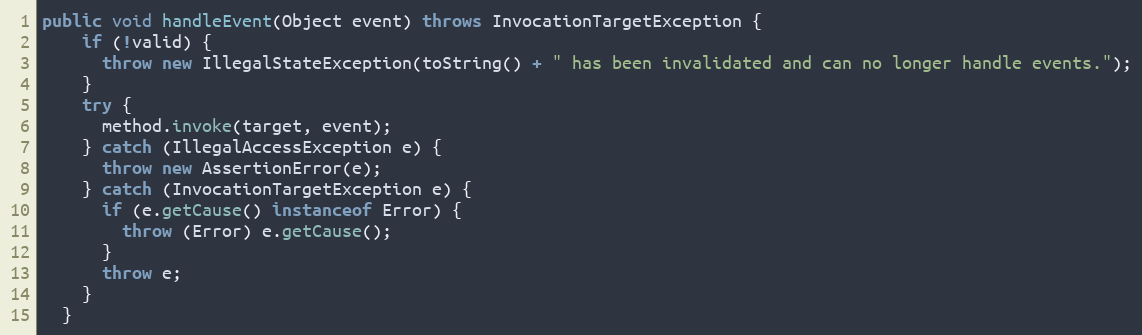
Language: Java
public void handleEvent(Object event) throws InvocationTargetException {
    if (!valid) {
      throw new IllegalStateException(toString() + " has been invalidated and can no longer handle events.");
    }
    try {
      method.invoke(target, event);
    } catch (IllegalAccessException e) {
      throw new AssertionError(e);
    } catch (InvocationTargetException e) {
      if (e.getCause() instanceof Error) {
        throw (Error) e.getCause();
      }
      throw e;
    }
  }